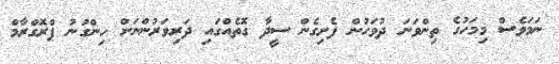
ނަމަވެސް މިމަހުގެ ތިންވަނަ ދުވަހުން ފެށިގެން ސީދާ ގޮތެއްގައި ދަރިވަރުންނަށް ހިންގުނު ޕްރޮގްރާމް